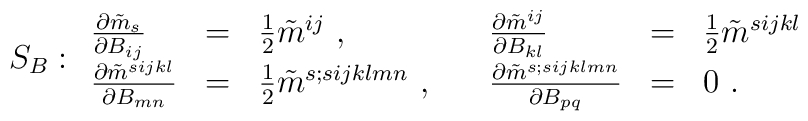
S_B:\begin{array}{llllll}\frac{ \partial \tilde{m}_s }{\partial B_{ij} }  &=&\frac{1}{2} \tilde m^{ij}\ ,\quad & \frac{ \partial \tilde{m}^{ij} }{\partial B_{kl} }  &=&\frac{1}{2} \tilde m^{sijkl} \ \quad\\\frac{ \partial \tilde{m}^{sijkl} }{\partial B_{mn} }  &=&\frac{1}{2} \tilde m^{s;sijklmn} \ , \quad& \frac{ \partial \tilde{m}^{s;sijklmn} }{\partial B_{pq} }  &=& 0\ .\end{array}